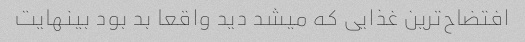
افتضاح‌ترین غذایی که میشد دید واقعا بد بود بینهایت